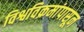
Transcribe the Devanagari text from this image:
विश्वविक्रमांपासून